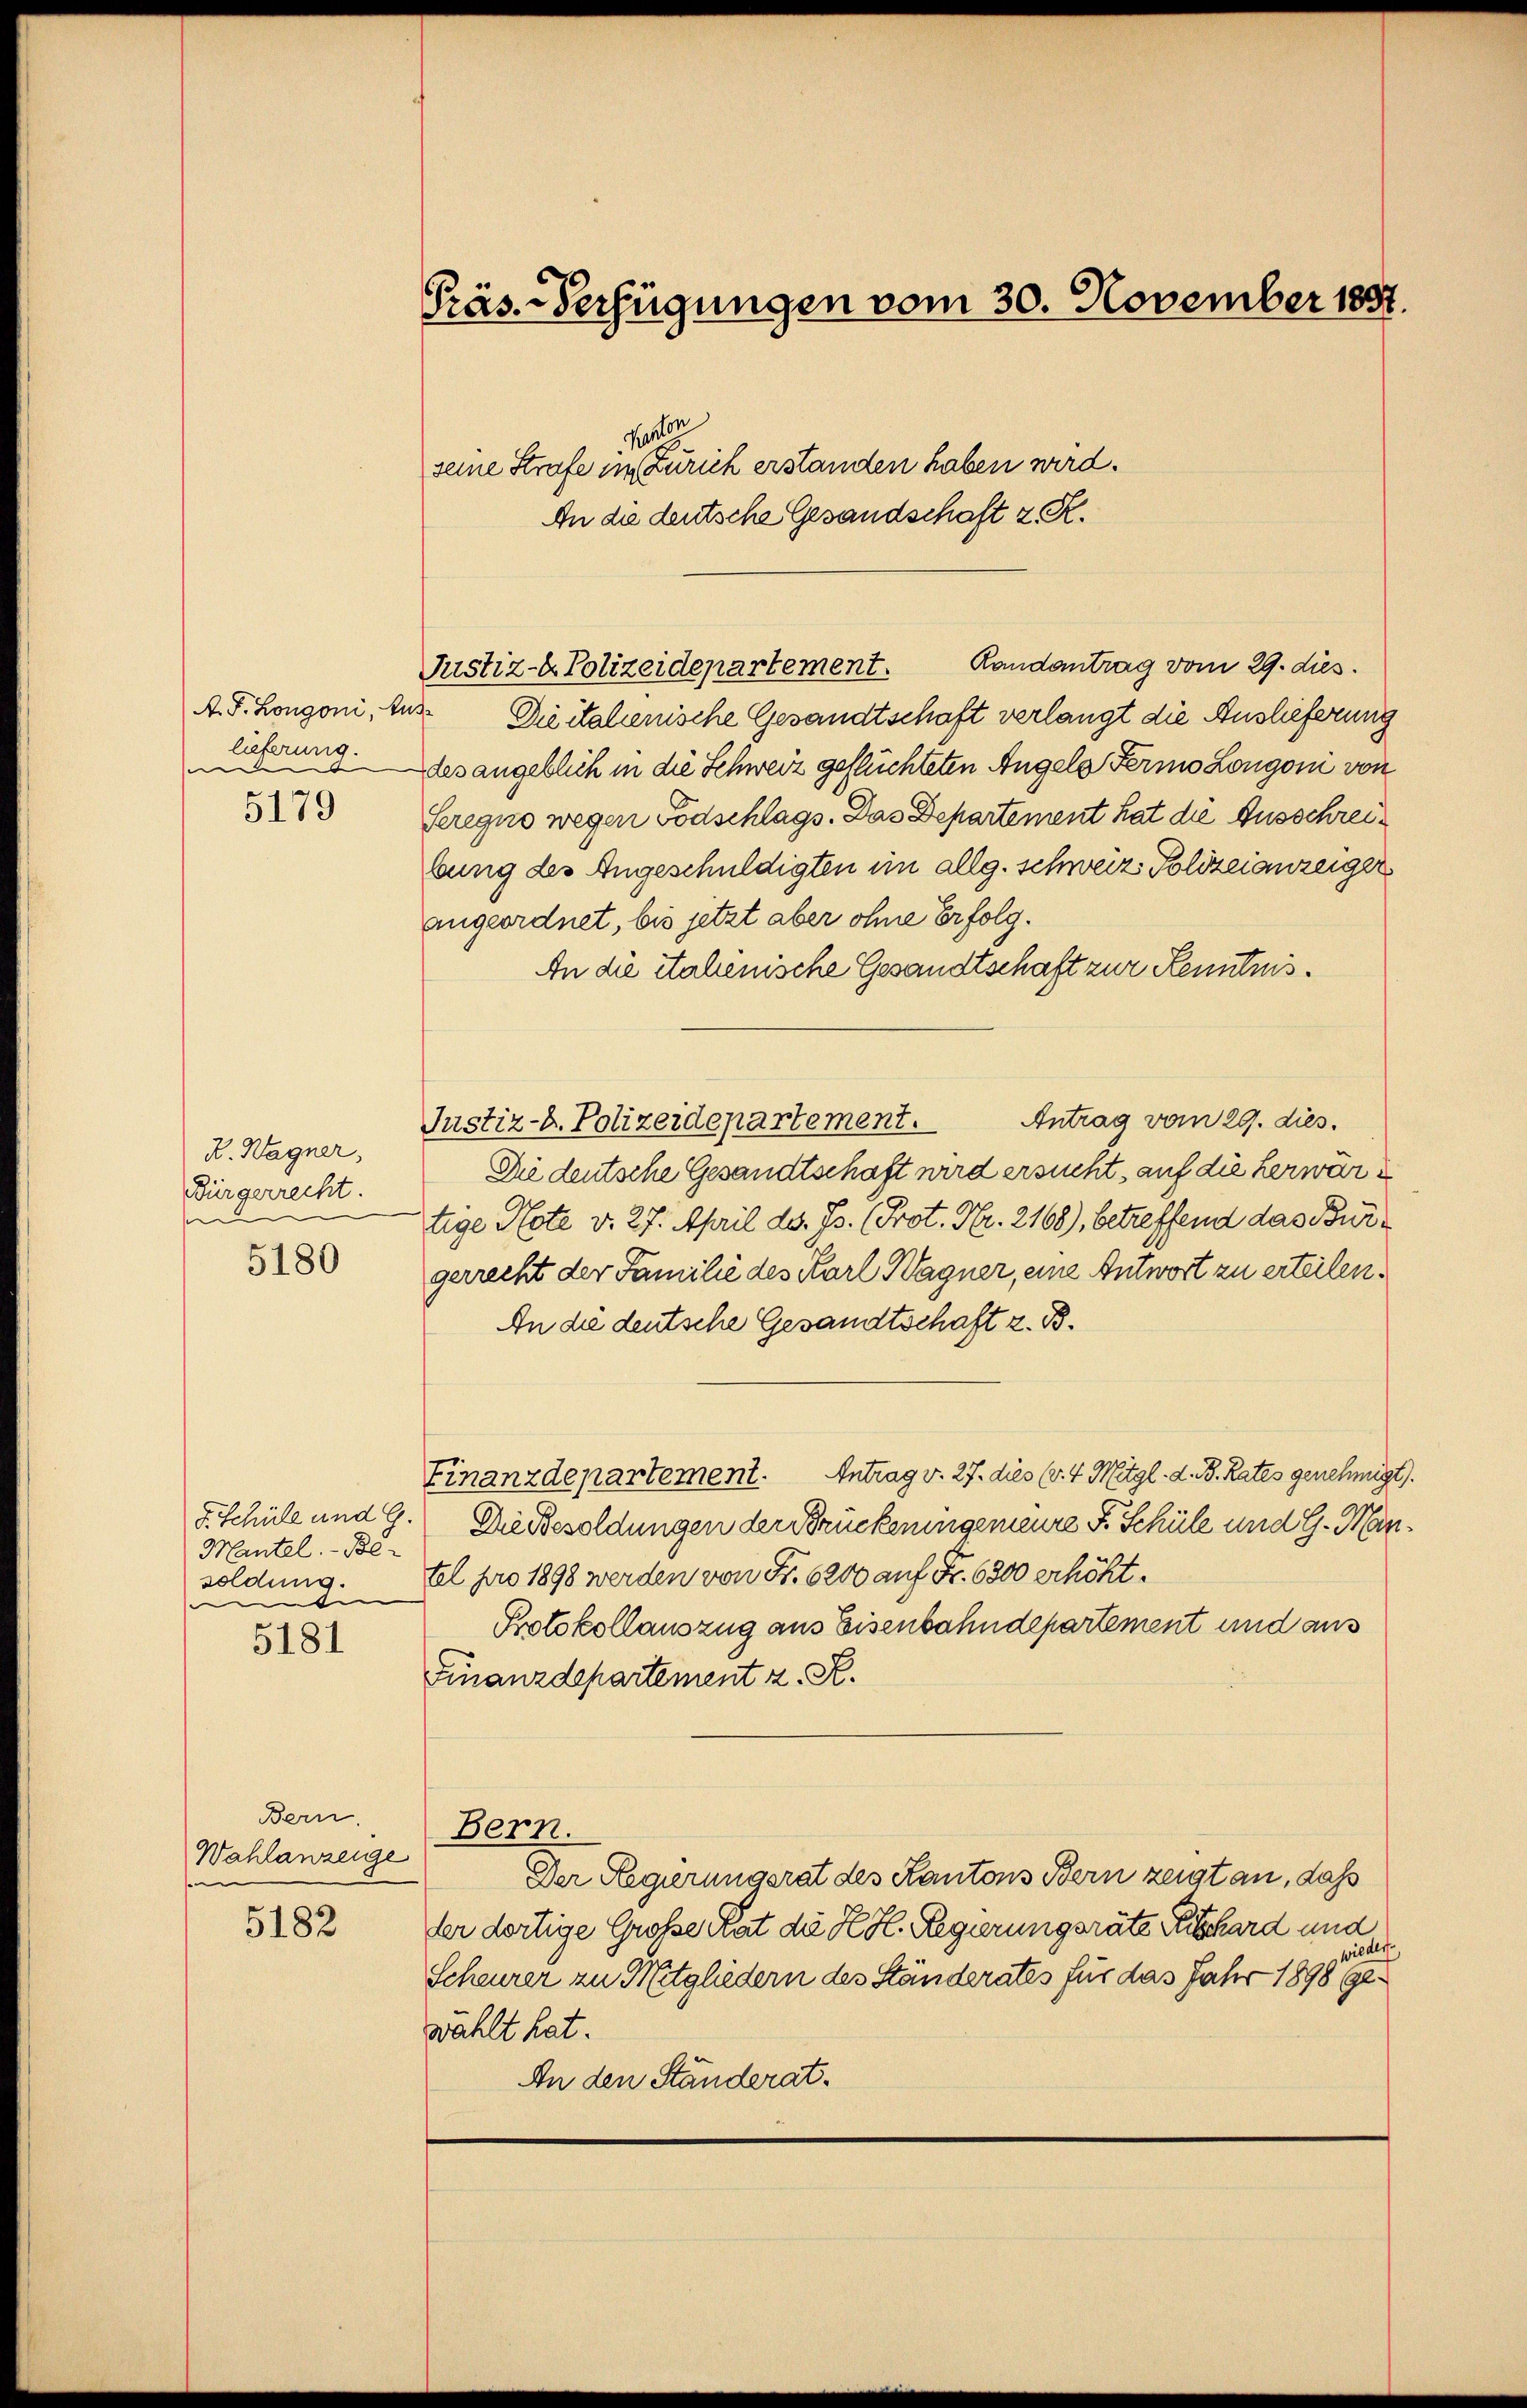
A. F. Longoni, Auslieferung.
e
.
5179

K. Wagner,
Bürgerrecht.
e
5180

S. Schüle und G.
Mantel. - Be-
soldung.

e
5181

Bern.
Wahlanzeige
s
5182

Randantrag vom 29. dies.
Die italienische Gesandtschaft verlangt die Auslieferung
des angeblich in die Schweiz geflüchteten Angels Fermo Longoi von
Seregno wegen Todschlags. Das Departement hat die Ausschreibung des Angeschuldigten im allg. schweiz Polizeianzeiger
angeordnet, bis jetzt aber ohne Erfolg¬
An die italienische Gesandtschaft zur Kenntnis¬
Antrag vom 29. dies.
Justiz- u. Polizeidepartement.
Die deutsche Gesandtschaft wird ersucht, auf die herwartige Note v. 27. April d. Js. (Prot. Nr. 2168), betreffend das Bürgerrecht der Familie des Karl Wagner, eine Antwort zu erteilen.
An die deutsche Gesandtschaft z. B.
Finanzdepartement. Antrag v. 27. dies (v. 4. Mitgl. d. B. Rates genehmigt.
Die Besoldungen der Brückeningemeure S. Schüle und G. Mintel pro 1898 werden von Fr. 6200 auf Fr. 6300 erhöht.
Protokollauszug aus Eisenbahndepartement und aus
Finanzdepartement z. K.
Bern.
Der Regierungsrat des Kantons Bern zeigt an, dass
der dortige Große Rat die K. H. Regierungsräte Beschard und
wieder.
Scheurer zu Mitgliedern des Ständerates für das Jahr 1898 gewählt hat.
An den Ständerat.

Präs.-Verfügungen vom 30. November 1887.
Kanton
seine Strafe in Zürich erstanden haben wird.
An die deutsche Gesandschaft z. R.

Justiz- & Polizeidepartement.